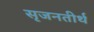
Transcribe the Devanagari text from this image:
सृजनतीर्थ